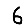
Digit: 6